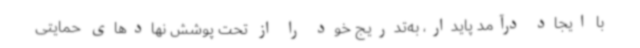
با ایجاد درآمد پایدار، به‌تدریج خود را از تحت پوشش نهادهای حمایتی